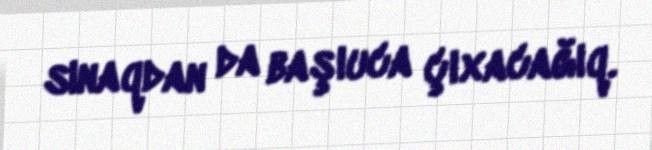
sınaqdan da başıuca çıxacağıq.